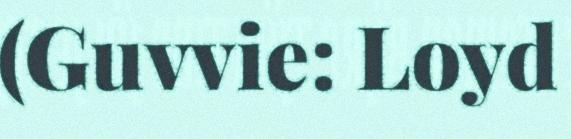
(Guvvie: Loyd